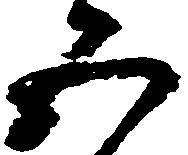
五